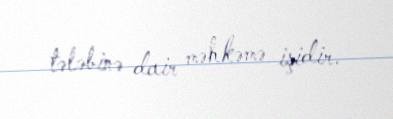
tələbinə dair məhkəmə işidir.